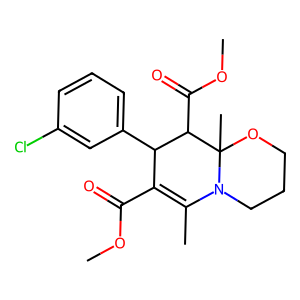
SMILES: COC(=O)C1=C(C)N2CCCOC2(C)C(C(=O)OC)C1c1cccc(Cl)c1
Inhibits HIV replication: No